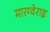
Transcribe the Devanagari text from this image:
मारग्वेराइ